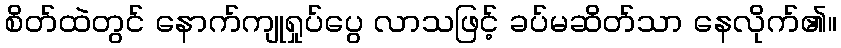
စိတ်ထဲတွင် နောက်ကျုရှုပ်ပွေ လာသဖြင့် ခပ်မဆိတ်သာ နေလိုက်၏။